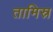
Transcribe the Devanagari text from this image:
तामिस्र